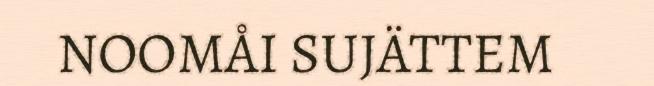
NOOMÅI SUJÄTTEM